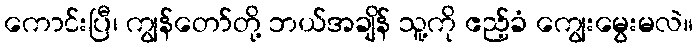
ကောင်းပြီ၊ ကျွန်တော်တို့ ဘယ်အချိန် သူ့ကို ဧည့်ခံ ကျွေးမွေးမလဲ။